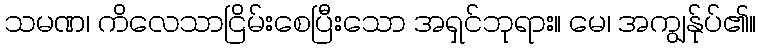
သမဏ၊ ကိလေသာငြိမ်းစေပြီးသော အရှင်ဘုရား။ မေ၊ အကျွန်ုပ်၏။